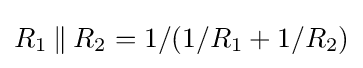
R_{1}\mathbin {\|} R_{2}=1/(1/R_{1}+1/R_{2})